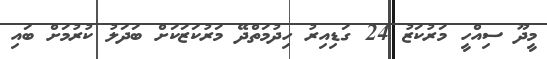
މީދޫ ސިއްހީ މަރުކަޒު 24 ގަޑިއިރު ހިދުމަތްދޭ މަރުކަޒަކަށް ބަދަލު ކުރުމަށް ބައި